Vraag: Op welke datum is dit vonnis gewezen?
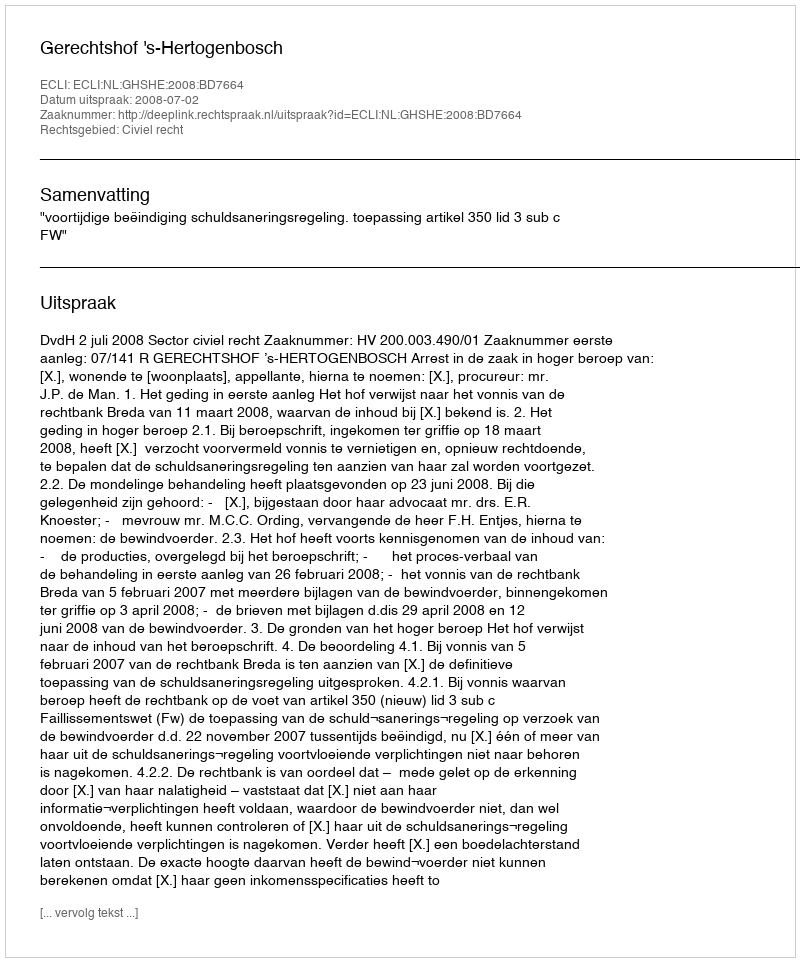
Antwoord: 2008-07-02